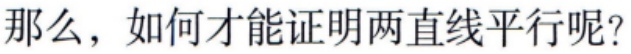
那么，如何才能证明两直线平行呢？